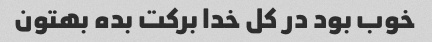
خوب بود در کل خدا برکت بده بهتون